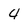
Character: 4